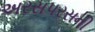
અરસપરસની